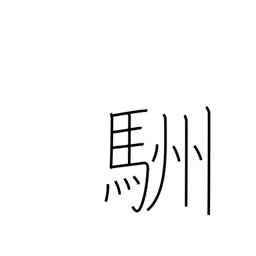
Meaning: horse's tail